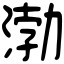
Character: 渤